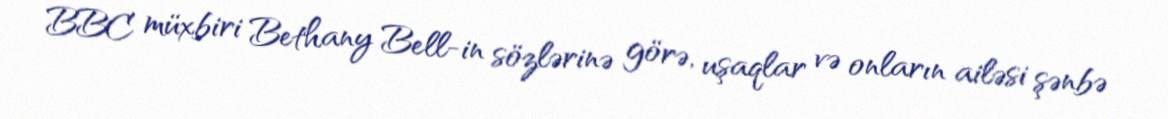
BBC müxbiri Bethany Bell-in sözlərinə görə, uşaqlar və onların ailəsi şənbə